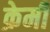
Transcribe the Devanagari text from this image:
क्रेमी